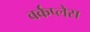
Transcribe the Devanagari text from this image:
वर्कप्लेस